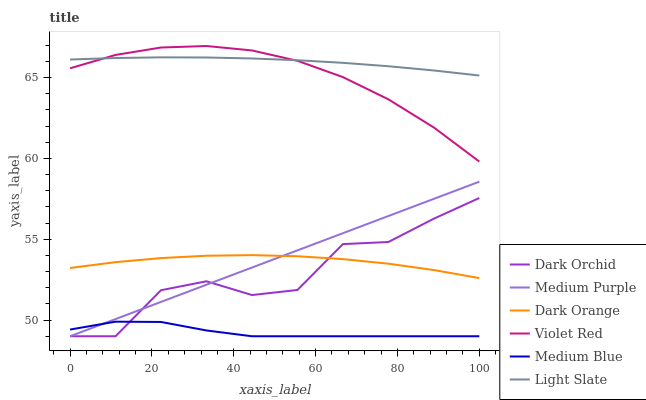
| xaxis_label | Dark Orchid | Medium Purple | Dark Orange | Violet Red | Medium Blue | Light Slate |
 | --- | --- | --- | --- | --- | --- | --- |
 | 0 | 49 | 49 | 53.2 | 65.6 | 49.4 | 66.1 |
 | 11.1 | 49 | 50.1 | 53.6 | 66.4 | 49.9 | 66.2 |
 | 22.2 | 51.8 | 51.1 | 53.8 | 66.9 | 49.9 | 66.2 |
 | 33.3 | 52.4 | 52.2 | 54 | 66.9 | 49.4 | 66.2 |
 | 44.4 | 51.5 | 53.2 | 54 | 66.7 | 49 | 66.2 |
 | 55.6 | 51.9 | 54.3 | 53.9 | 66 | 49 | 66.1 |
 | 66.7 | 54.7 | 55.4 | 53.8 | 65 | 49 | 65.9 |
 | 77.8 | 54.8 | 56.4 | 53.5 | 63.7 | 49 | 65.7 |
 | 88.9 | 56.3 | 57.5 | 53.1 | 61.9 | 49 | 65.4 |
 | 100 | 57.5 | 58.6 | 52.6 | 59.8 | 49 | 65.1 |